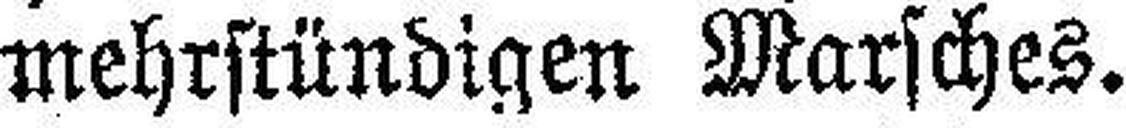
mehrstündigen Marsches.